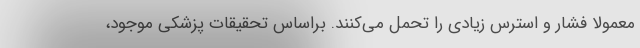
معمولا فشار و استرس زیادی را تحمل می‌کنند. براساس تحقیقات پزشکی موجود،